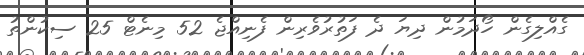
ގެއްލިގެން ހޯދަމުން ދިޔަ ދެ ފަތުރުވެރިން ފެނިއްޖެ 52 މިނެޓް 25 ސިކުންތު